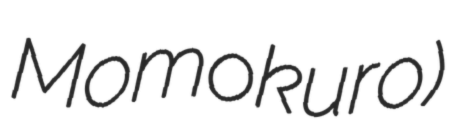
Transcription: Momokuro)